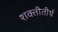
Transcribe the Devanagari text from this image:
शक्तीतीर्थ